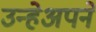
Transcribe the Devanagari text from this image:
उन्हेअपने